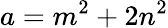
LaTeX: a=m^{2}+2n^{2}